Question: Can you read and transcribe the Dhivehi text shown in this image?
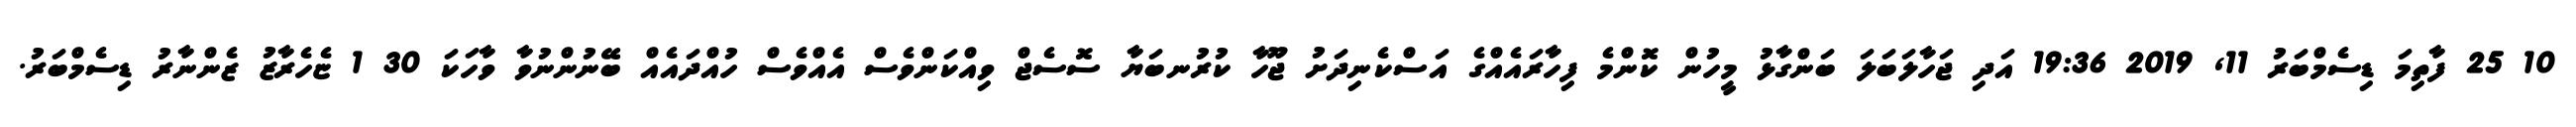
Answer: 10 25 ފާތިމަ ޑިސެމްބަރު 11, 2019 19:36 އަދި ޖަހާލަބަލަ ބަންގާޅު މީހުން ކޮންމެ ފިހާރައެއްގެ އަސްކެނިދަށު ޖޫހާ ކުރުނބަޔާ ސޮސެޖް ވިއްކަންވެސް އެއްވެސް ހުއްދައެއް ބޭނުންނުވާ ވާހަކަ 30 1 ޏެހެރާޒު ޒެންނާރު ޑިސެމްބަރު.